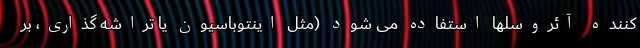
کننده آئروسلها استفاده می شود (مثل اینتوباسیون یا تراشه گذاری، بر